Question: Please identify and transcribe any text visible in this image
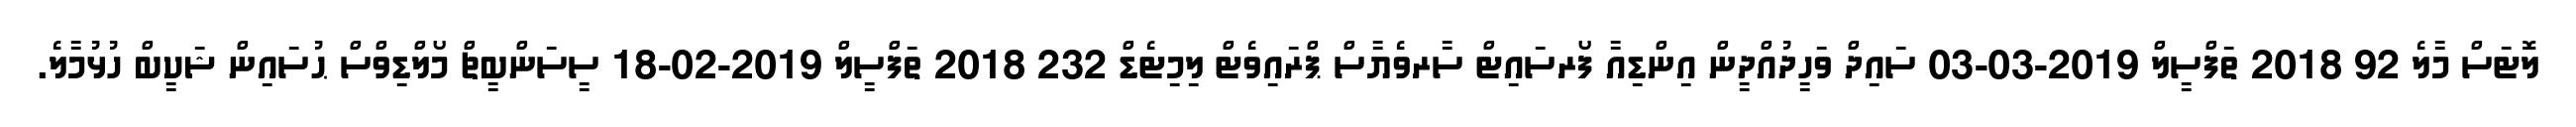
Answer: ލޮޓަސް މާލެ 92 2018 ތަފްސީލް 2019-03-03 ސައިދް ވަހީދުއްދީން އިންޑިއާ ފޯރސައިޓް ސާރވެޔާސް ޕްރައިވެޓް ލިމިޓެޑް 232 2018 ތަފްސީލް 2019-02-18 ސީސަންބީޗް މޯލްޑިވްސް ޙުސައިން ޝަކީބް ހުޅުމާލެ.